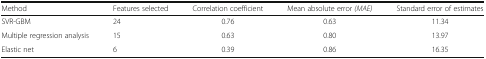
<table><thead><tr><td><b>Method</b></td><td><b>Features selected</b></td><td><b>Correlation coefficient</b></td><td><b>Mean absolute error <i>(MAE)</i></b></td><td><b>Standard error of estimates</b></td></tr></thead><tbody><tr><td>SVR-GBM</td><td>24</td><td>0.76</td><td>0.63</td><td>11.34</td></tr><tr><td>Multiple regression analysis</td><td>15</td><td>0.63</td><td>0.80</td><td>13.97</td></tr><tr><td>Elastic net</td><td>6</td><td>0.39</td><td>0.86</td><td>16.35</td></tr></tbody></table>